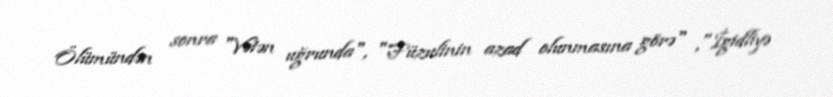
Ölümündən sonra "Vətən uğrunda", "Füzulinin azad olunmasına görə" ,"İgidliyə